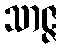
သာဇ္ဇ